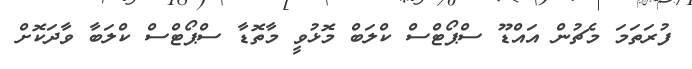
ފުރަތަމަ މެޗުން އައްޑޫ ސްޕޯޓްސް ކްލަބް މޮޅުވީ މާތޮޑާ ސްޕޯޓްސް ކްލަބާ ވާދަކޮށް